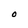
Character: O